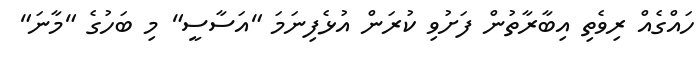
ހައްގެއް ރިވެތި އިބާރާތުން ފަށުވި ކުރަން އުޅެފިނަމަ "އަސާސީ" މި ބަހުގެ "މާނަ"